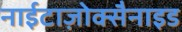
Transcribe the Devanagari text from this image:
नाईटाज़ोक्सैनाइड